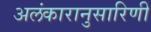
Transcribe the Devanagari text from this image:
अलंकारानुसारिणी